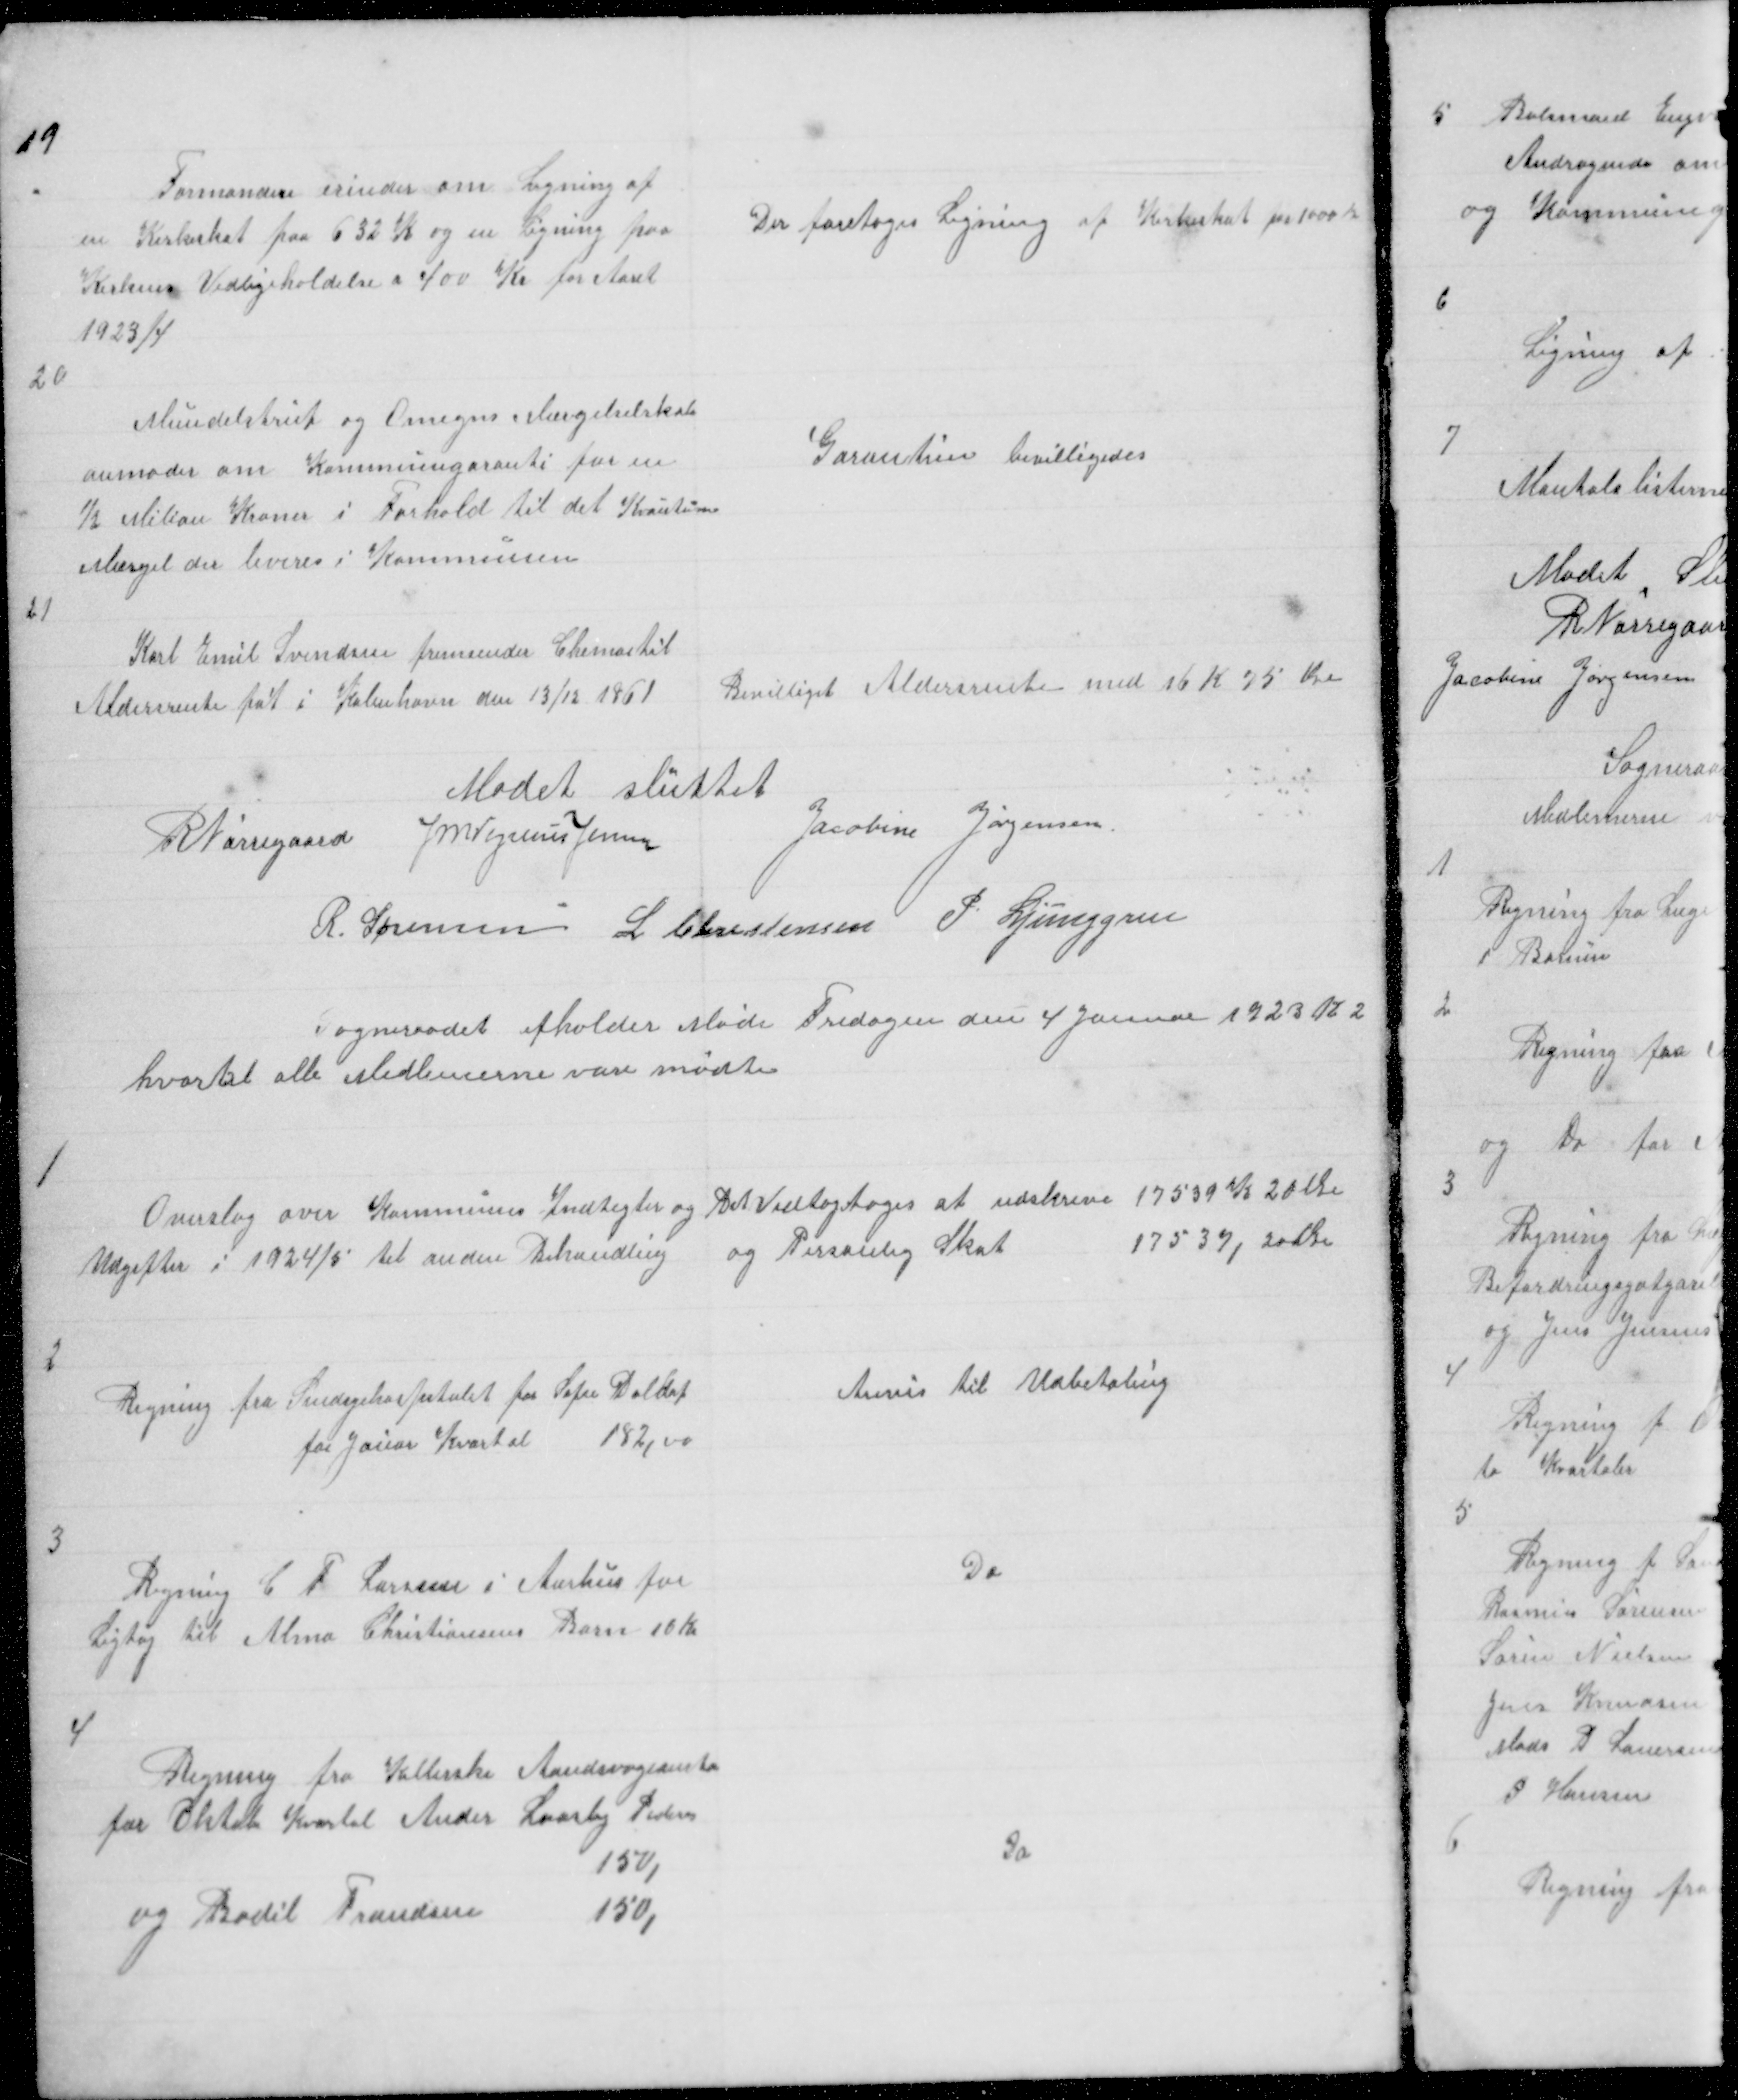
Transskription:
19
Formanden erinder om Ligning af
en Kirkeskat paa 632 K og en Ligning paa
Kirkens Vedligeholdelse a 400 Kr for Aaret
1923/4

Der foretoges Ligning af Kirkeskat paa 1000 K

20

Mundelstrup og Omegns Mærgelselskab
anmoder om Kommunegaranti for en 
½ Milion Kroner i Forhold til det Kvantum
Mærgel der leveres i Kommunen

Garantien bevilligedes

21

Karl Emil Svendsen fremsender Chema til
Aldersrente føt i København den 13/12 1861

Bevilliget Aldersrente med 16 K 75 Øre

Mødet sluttet
R Nørregaard J M Vogelius Jensen
Jacobine Jørgensen
R. Sørensen L Christensen P Ljunggren

Sogneraadet afholder Møde Fredagen den 4 Januar 1923 K 2
hvortil alle Medlemerne vare mødte

1
Overslag over Kommunes Indtegter og
Udgifter i 1924/5 til anden Behandling

Det Vedtogtoges at udskrive 17539 K 20 Øre
og Personlig Skat
17537,20 Øre

2

Regning fra Sindsyehospitalet for Sofie Daldof
for Jauar Kvartal 182,00

Anvis til Udbetaling

3

Regning C F Larssen i Aarhus for
Ligtøj til Alma Christiansens Barn 16 Kr

Do

4
Regning fra Kellerske Aandsvageansta
for Oktob Kvartal Ander Laasby Pederse
150,
og Bodil Frandsen
150,

Do